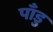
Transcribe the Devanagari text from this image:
पाँडु